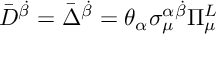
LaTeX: \bar { D } ^ { \dot { \beta } } = \bar { \Delta } ^ { \dot { \beta } } = \theta _ { \alpha } \sigma _ { \mu } ^ { \alpha \dot { \beta } } \Pi _ { \mu } ^ { L }